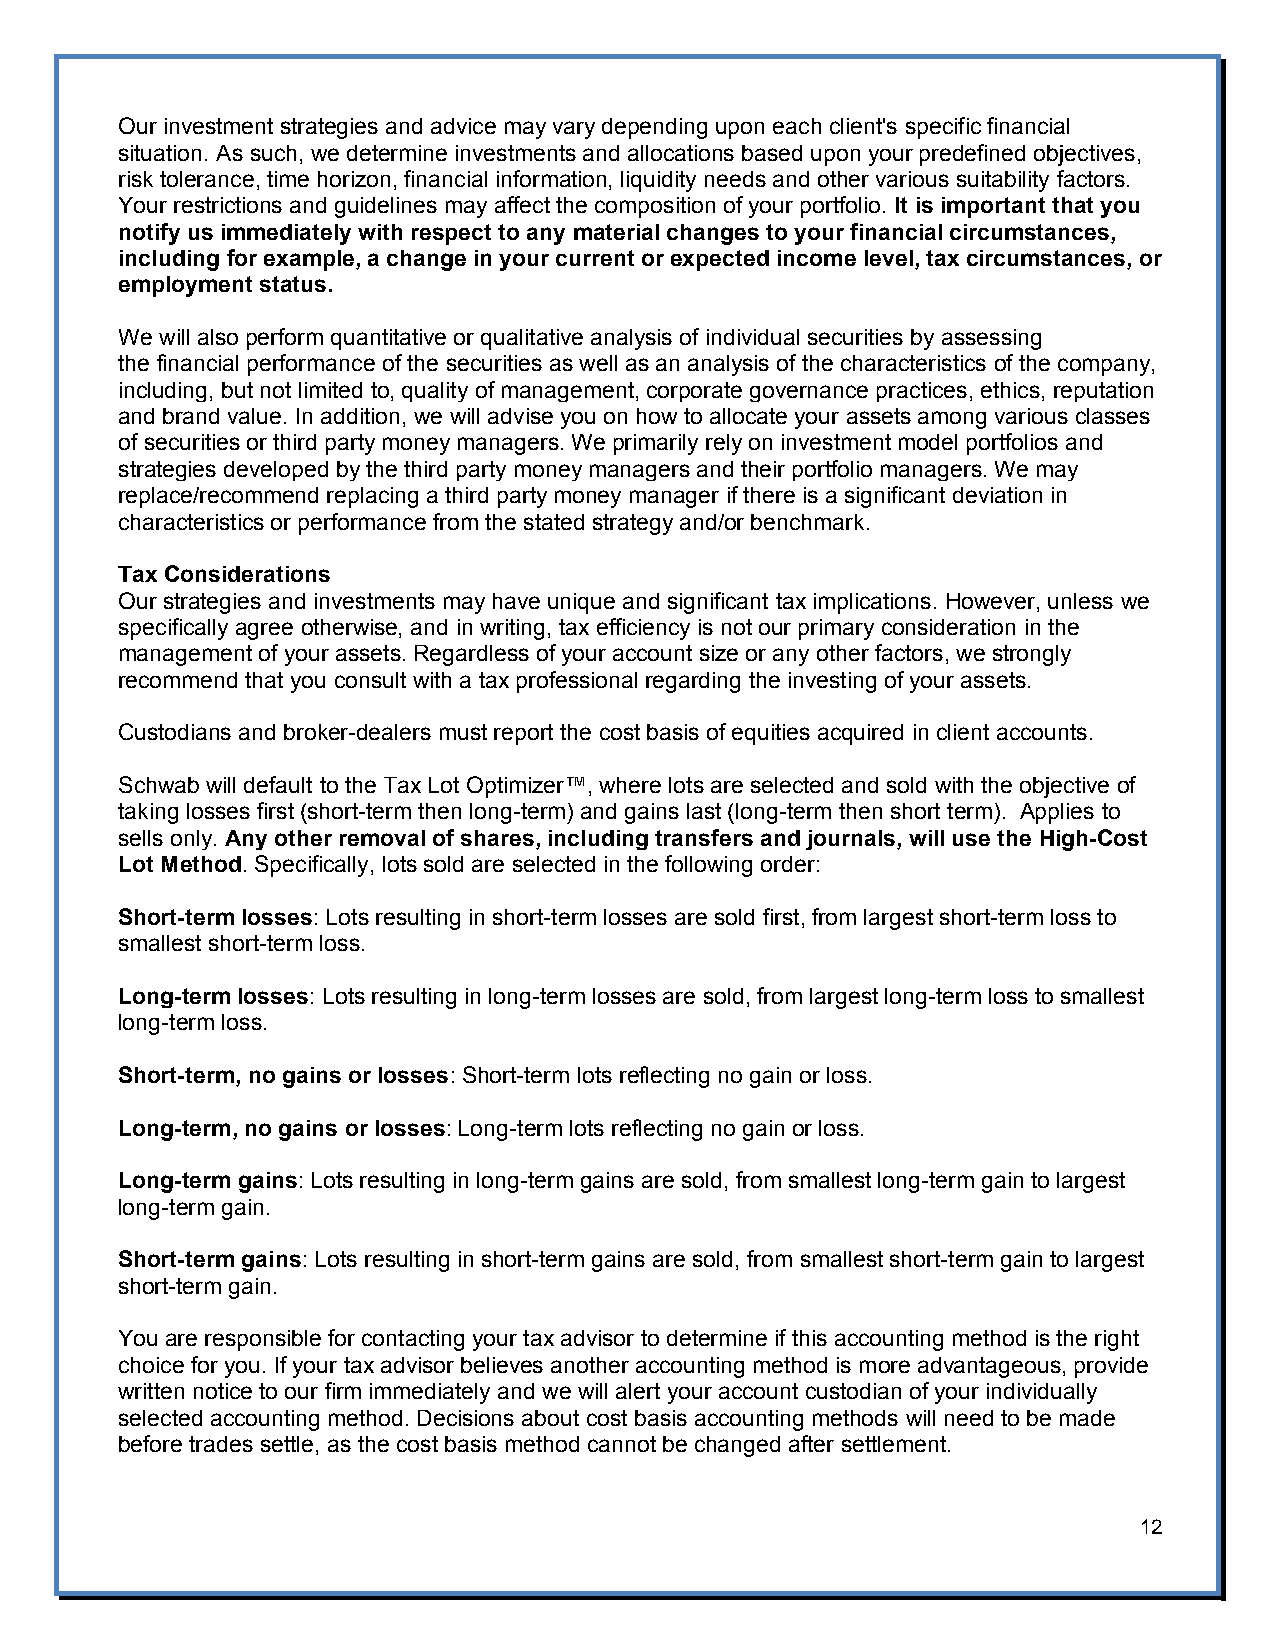
Our investment strategies and advice may vary depending upon each client's specific financial
 situation. As such, we determine investments and allocations based upon your predefined objectives,
 risk tolerance, time horizon, financial information, liquidity needs and other various suitability factors.
 Your restrictions and guidelines may affect the composition of your portfolio. It is important that you
 notify us immediately with respect to any material changes to your financial circumstances,
 including for example, a change in your current or expected income level, tax circumstances, or
 employment status.
 We will also perform quantitative or qualitative analysis of individual securities by assessing
 the financial performance of the securities as well as an analysis of the characteristics of the company,
 including, but not limited to, quality of management, corporate governance practices, ethics, reputation
 and brand value. In addition, we will advise you on how to allocate your assets among various classes
 of securities or third party money managers. We primarily rely on investment model portfolios and
 strategies developed by the third party money managers and their portfolio managers. We may
 replace/recommend replacing a third party money manager if there is a significant deviation in
 characteristics or performance from the stated strategy and/or benchmark.
 Tax Considerations
 Our strategies and investments may have unique and significant tax implications. However, unless we
 specifically agree otherwise, and in writing, tax efficiency is not our primary consideration in the
 management of your assets. Regardless of your account size or any other factors, we strongly
 recommend that you consult with a tax professional regarding the investing of your assets.
 Custodians and broker-dealers must report the cost basis of equities acquired in client accounts.
 Schwab will default to the Tax Lot Optimizer™, where lots are selected and sold with the objective of
 taking losses first (short-term then long-term) and gains last (long-term then short term). Applies to
 sells only. Any other removal of shares, including transfers and journals, will use the High-Cost
 Lot Method. Specifically, lots sold are selected in the following order:
 Short-term losses: Lots resulting in short-term losses are sold first, from largest short-term loss to
 smallest short-term loss.
 Long-term losses: Lots resulting in long-term losses are sold, from largest long-term loss to smallest
 long-term loss.
 Short-term, no gains or losses: Short-term lots reflecting no gain or loss.
 Long-term, no gains or losses: Long-term lots reflecting no gain or loss.
 Long-term gains: Lots resulting in long-term gains are sold, from smallest long-term gain to largest
 long-term gain.
 Short-term gains: Lots resulting in short-term gains are sold, from smallest short-term gain to largest
 short-term gain.
 You are responsible for contacting your tax advisor to determine if this accounting method is the right
 choice for you. If your tax advisor believes another accounting method is more advantageous, provide
 written notice to our firm immediately and we will alert your account custodian of your individually
 selected accounting method. Decisions about cost basis accounting methods will need to be made
 before trades settle, as the cost basis method cannot be changed after settlement.
 12